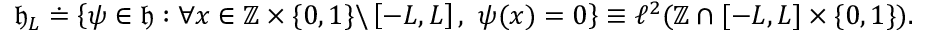
\mathfrak { h } _ { L } \doteq \left\{ \psi \in \mathfrak { h } : \forall x \in \mathbb { Z } \times \{ 0 , 1 \} \backslash \left[ - L , L \right] , \ \psi ( x ) = 0 \right\} \equiv \ell ^ { 2 } ( \mathbb { Z } \cap \lbrack - L , L ] \times \{ 0 , 1 \} ) .